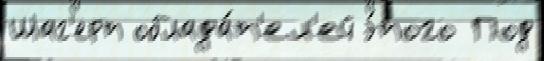
Шаг'ерт облада́т'ел'ей э́того Под